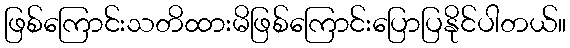
ဖြစ်ကြောင်းသတိထားမိဖြစ်ကြောင်းပြောပြနိုင်ပါတယ်။